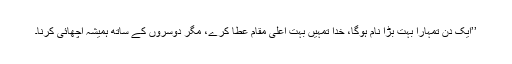
’’ایک دن تمہارا بہت بڑا نام ہوگا، خدا تمہیں بہت اعلیٰ مقام عطا کرے، مگر دوسروں کے ساتھ ہمیشہ اچھائی کرنا۔